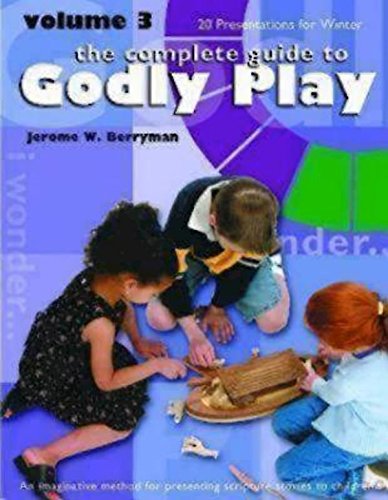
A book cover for The Complete Guide to Godly Play, Vol. 3: An Imaginative Method for Presenting Scripture Stories to Children; Jerome W. Berryman; Christian Books & Bibles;